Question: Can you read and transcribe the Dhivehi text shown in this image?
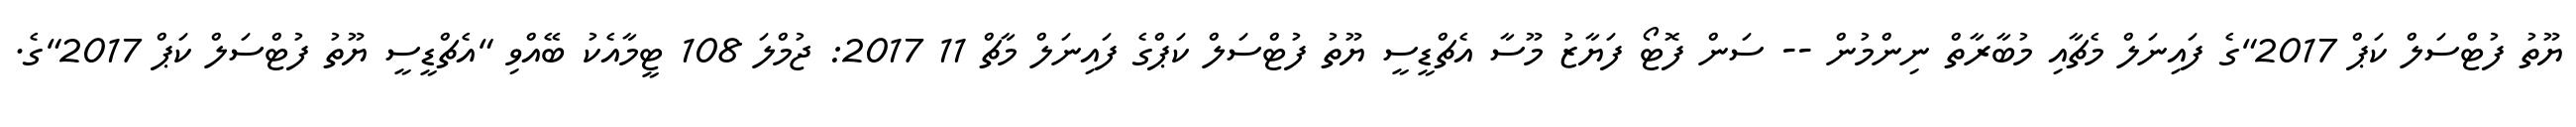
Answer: ޔޫތު ފުޓްސަލް ކަޕް 2017"ގެ ފައިނަލް މެޗާއި މުބާރާތް ނިންމުން -- ސަން ފޮޓޯ ފަޔާޒު މޫސާ އެޗްޑީސީ ޔޫތު ފުޓްސަލް ކަޕްގެ ފައިނަލް މާޗް 11 2017: ޖުމްލަ 108 ޓީމާއެކު ބޭއްވި "އެޗްޑީސީ ޔޫތު ފުޓްސަލް ކަޕް 2017"ގެ.